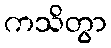
ကသိတွာ